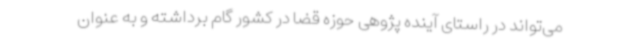
می‌تواند در راستای آینده پژوهی حوزه قضا در کشور گام برداشته و به عنوان